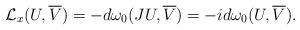
LaTeX: \begin{align*}\mathcal L_x(U, \overline V)=-d\omega_0(JU, \overline V)=-id\omega_0(U, \overline V).\end{align*}